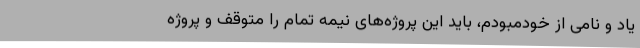
یاد و نامی از خودمبودم، باید این پروژه‌های نیمه تمام را متوقف و پروژه